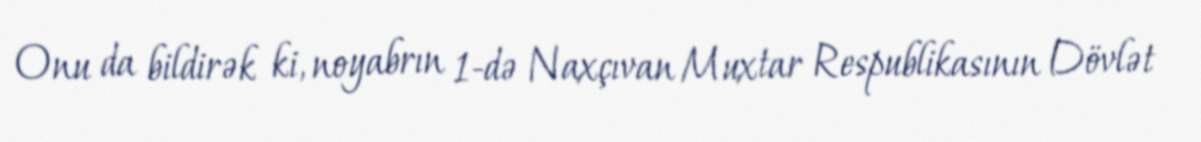
Onu da bildirək ki, noyabrın 1-də Naxçıvan Muxtar Respublikasının Dövlət